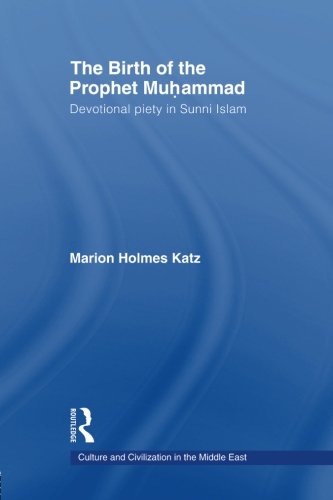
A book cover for The Birth of The Prophet Muhammad: Devotional Piety in Sunni Islam (Culture and Civilization in the Middle East); Marion Holmes Katz; Religion & Spirituality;